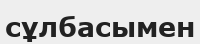
сұлбасымен